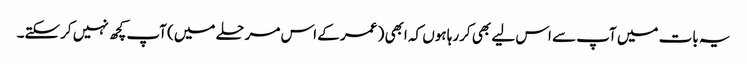
یہ بات میں آپ سے اس لیے بھی کررہا ہوں کہ ابھی ( عمر کے اس مرحلے میں) آپ کچھ نہیں کرسکتے۔